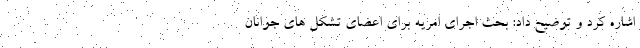
اشاره کرد و توضیح داد: بحث اجرای امریه برای اعضای تشکل های جوانان